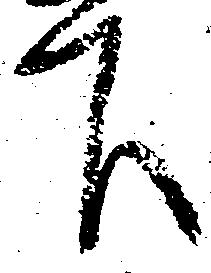
下